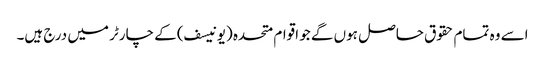
اسے وہ تمام حقوق حاصل ہوں گے جو اقوام متحدہ (یونیسف) کے چارٹر میں درج ہیں۔